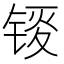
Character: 𫓸